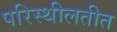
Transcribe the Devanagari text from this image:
परिस्थीलतीत